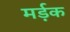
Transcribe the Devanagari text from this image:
मर्ड़क